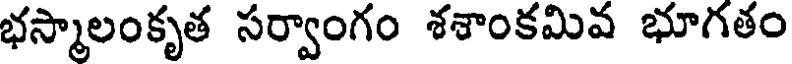
భస్మాలంకృత సర్వాంగం శశాంకమివ భూగతం